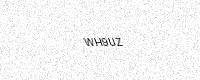
Text: WH9UZ